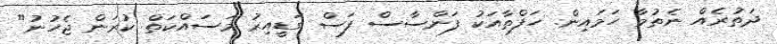
ދަތުރެއް ނެތުމާ ހަމައިން. ހަފްތާއަކު ފަންސާސް ފަސް ގަޑީއިރު މަސައްކަތް ކުރަން ޖެހުނު"